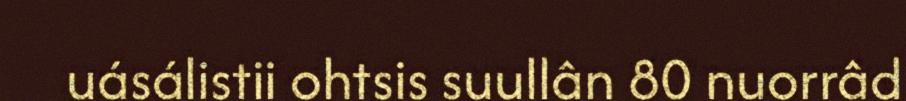
uásálistii ohtsis suullân 80 nuorrâd